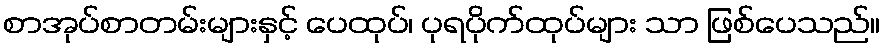
စာအုပ်စာတမ်းများနှင့် ပေထုပ်၊ ပုရပိုက်ထုပ်များ သာ ဖြစ်ပေသည်။